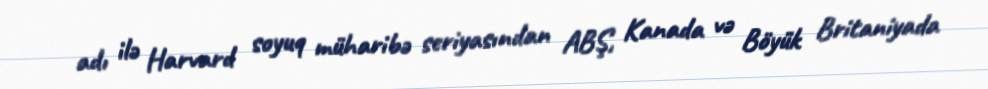
adı ilə Harvard soyuq müharibə seriyasından ABŞ, Kanada və Böyük Britaniyada